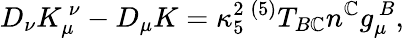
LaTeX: D_{\nu}K_{\mu}^{~\nu}-D_{\mu}K=\kappa_{5}^{2}\, {}^{(5)}T_{B\mathbb{C}}n^{\mathbb{C}}g_{\mu}^{~B},